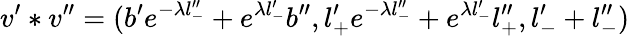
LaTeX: v^{\prime}*v^{\prime\prime}=(b^{\prime}e^{-\lambda l_{-}^{\prime\prime}}+e^{\lambda l_{-}^{\prime}}b^{\prime\prime},l_{+}^{\prime}e^{-\lambda l_{-}^{\prime\prime}}+e^{\lambda l_{-}^{\prime}}l_{+}^{\prime\prime},l_{-}^{\prime}+l_{-}^{\prime\prime})